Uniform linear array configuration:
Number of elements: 64
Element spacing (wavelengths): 0.25
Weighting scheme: exponential
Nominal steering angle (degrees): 60
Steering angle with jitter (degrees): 61.916
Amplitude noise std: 0.05
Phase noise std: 0.05

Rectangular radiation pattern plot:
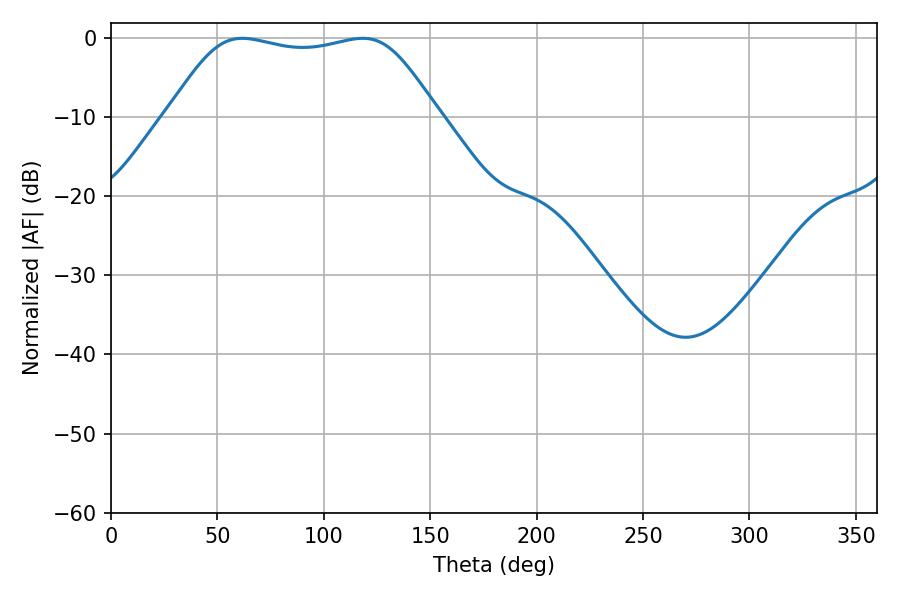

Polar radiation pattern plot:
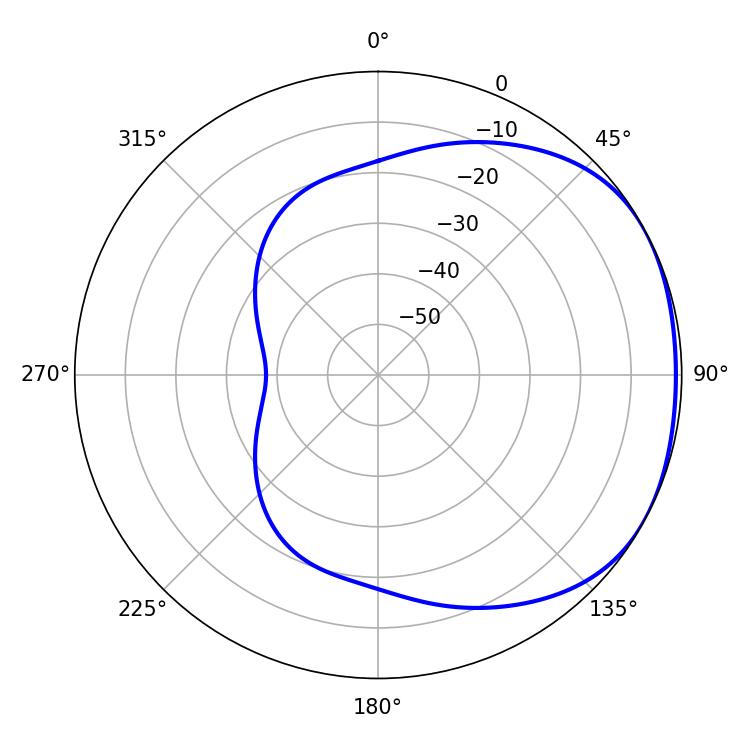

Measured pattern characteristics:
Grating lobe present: FALSE
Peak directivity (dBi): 1.659
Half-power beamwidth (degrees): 95.04
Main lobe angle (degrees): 61.74